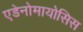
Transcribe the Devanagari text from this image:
एडेनोमायोसिस